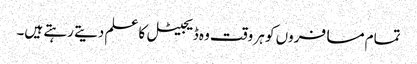
تمام مسافروں کو ہر وقت وہ ڈیجیٹل کا علم دیتے رہتے ہیں۔